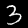
Digit: 3